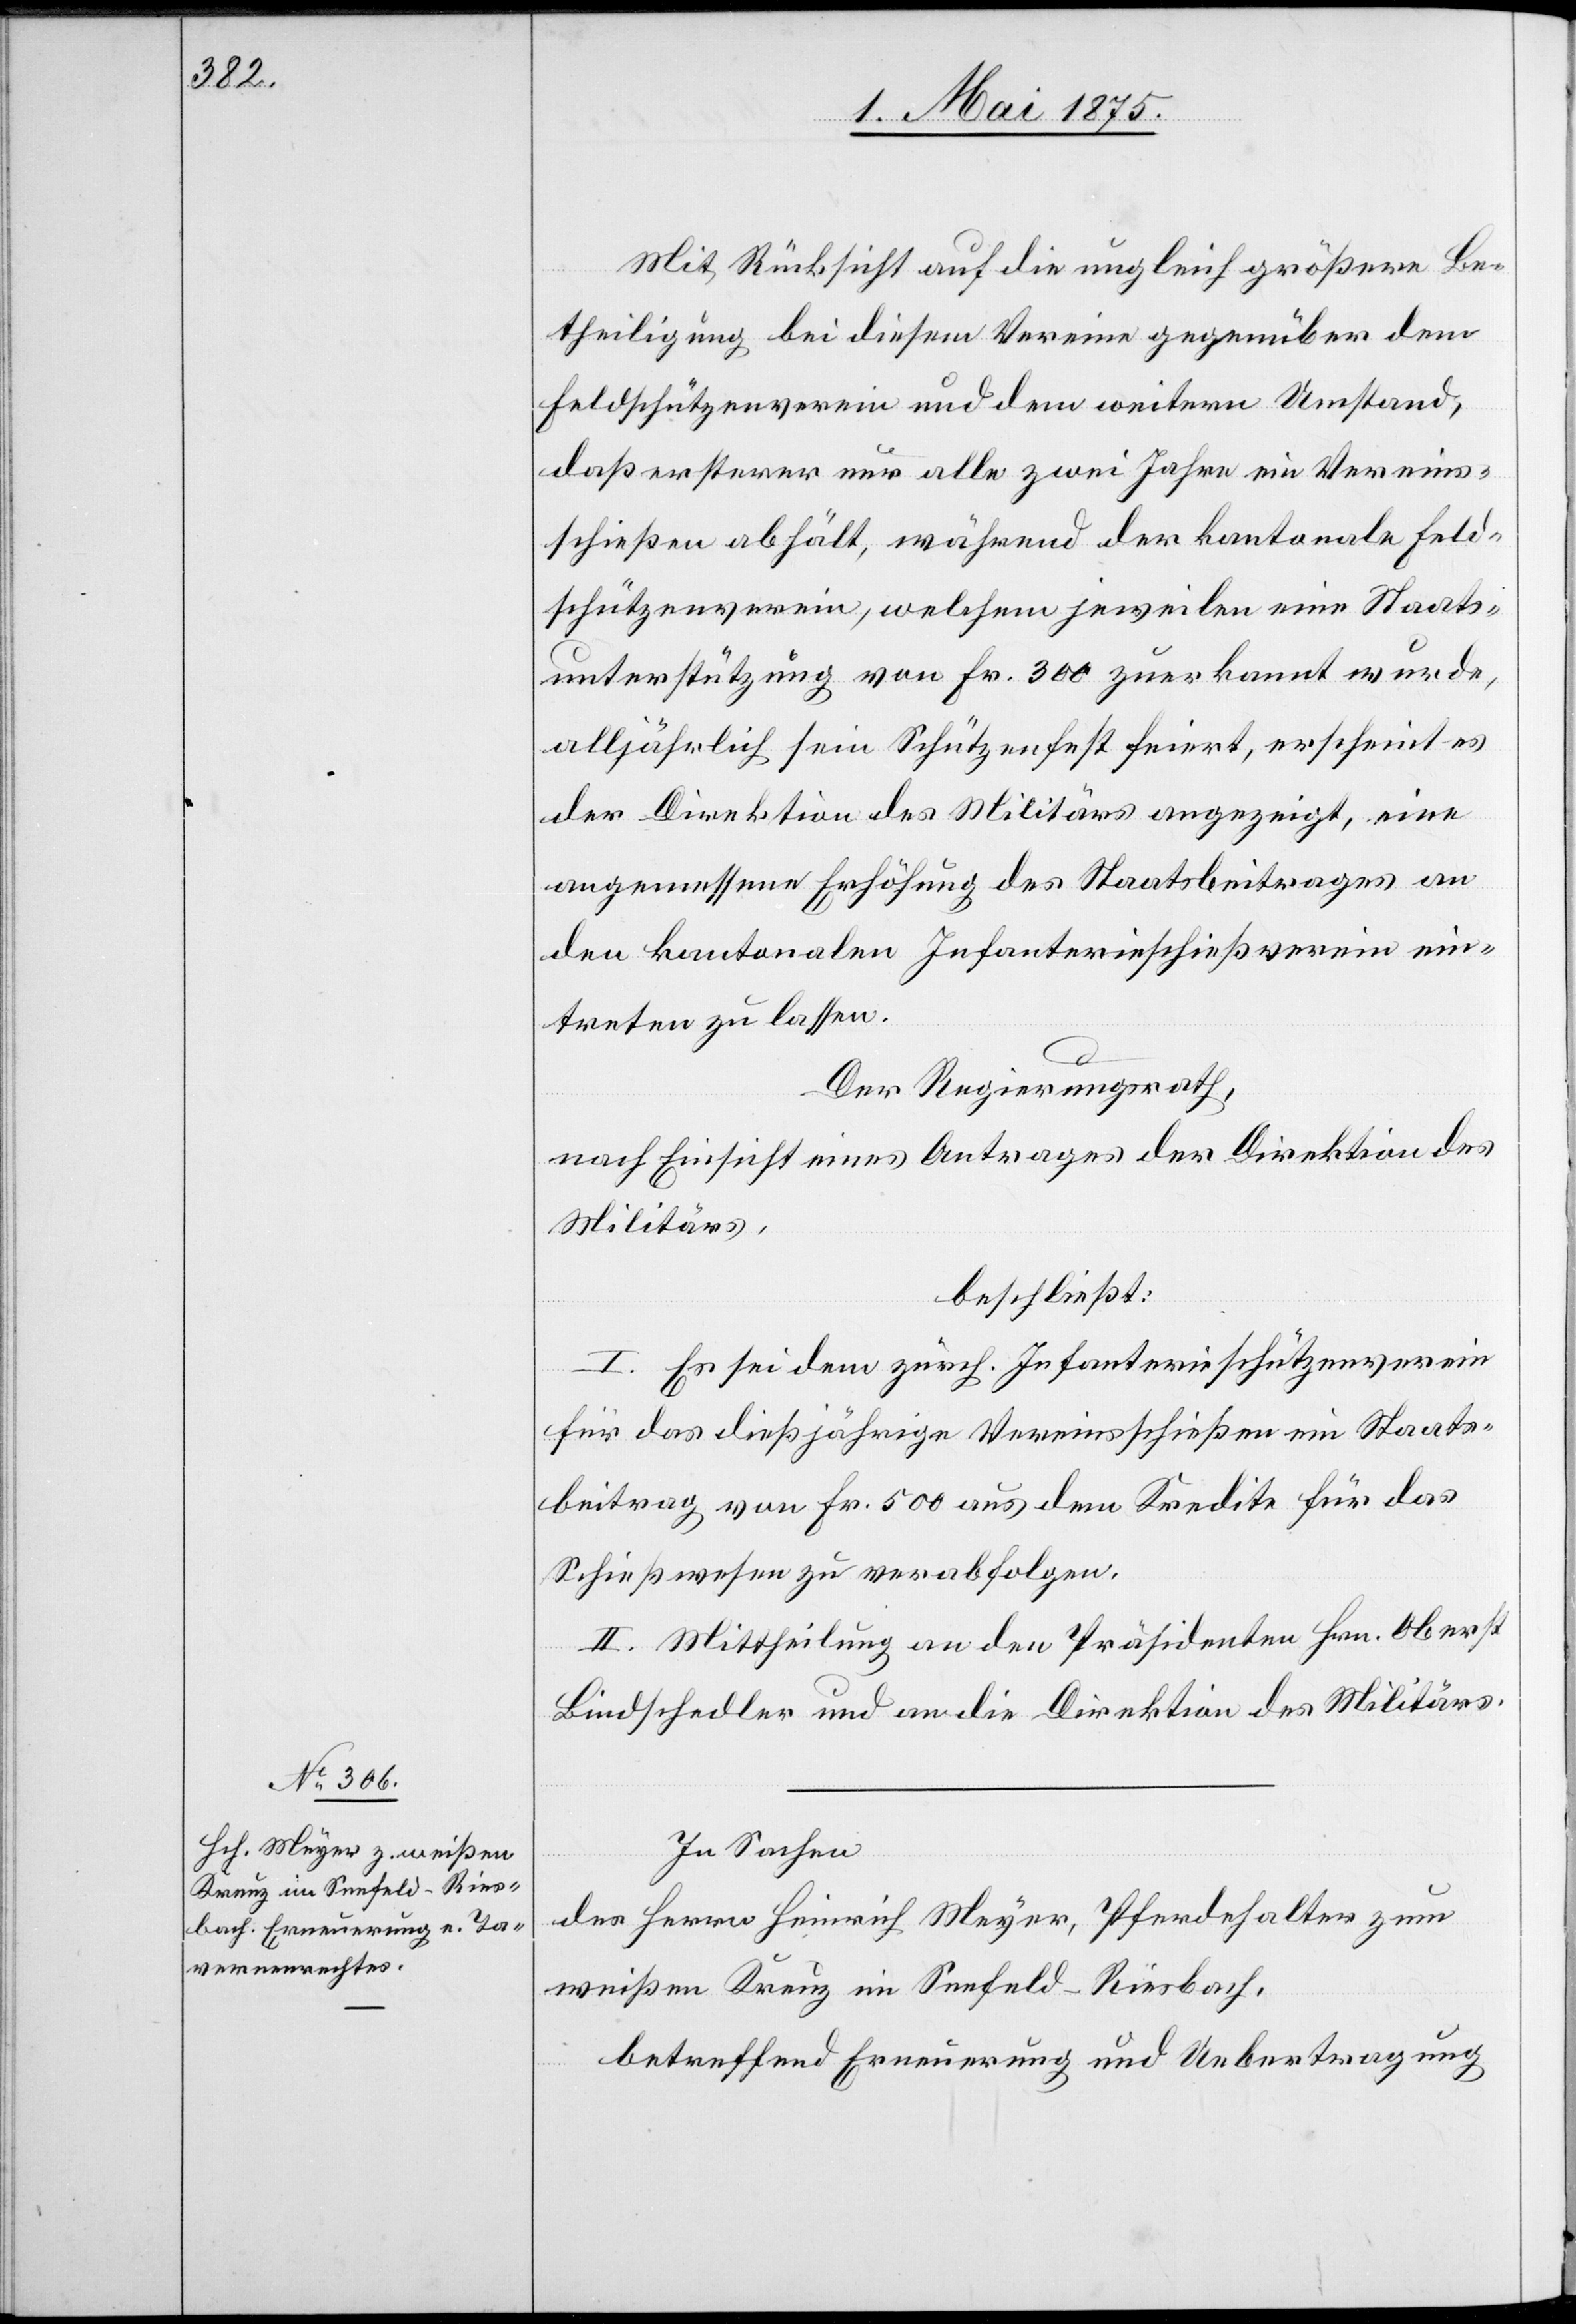
Mit Rücksicht auf die ungleich größere Be¬
theiligung bei diesem Verein gegenüber dem
Feldschützenverein und dem weitern Umstand,
daß ersterer nur alle zwei Jahre ein Vereins¬
schießen abhält, während der kantonale Feld¬
schützenverein, welchem jeweilen eine Staats¬
unterstützung von Fr. 300 zuerkannt wurde,
alljährlich sein Schützenfest feiert, erscheint es
der Direktion des Militärs angezeigt, eine
angemessene Erhöhung des Staatsbeitrages an
den kantonalen Infanterieschießverein ein¬
treten zu lassen.
Der Regierungsrath,
nach Einsicht eines Antrages der Direktion des
Militärs,
beschließt:
I. Es sei dem zürch. Infanterieschützenverein
für das dießjährige Vereinsschießen ein Staats¬
beitrag von Fr. 500 aus dem Kredite für das
Schießwesen zu verabfolgen.
II. Mittheilung an den Präsidenten Hrn. Oberst
Bindschedler und an die Direktion des Militärs.
In Sachen
des Herrn Heinrich Meyer, Pferdehalter zum
weißen Kreuz im Seefeld - Riesbach,
betreffend Erneuerung und Uebertragung